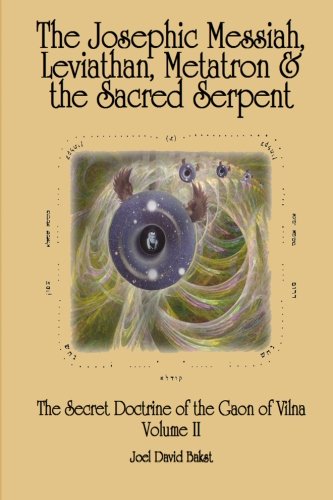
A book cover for The Secret Doctrine of the Gaon of Vilna Volume II: The Josephic Messiah, Leviathan, Metatron and  the Sacred Serpent; Joel David Bakst; Religion & Spirituality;